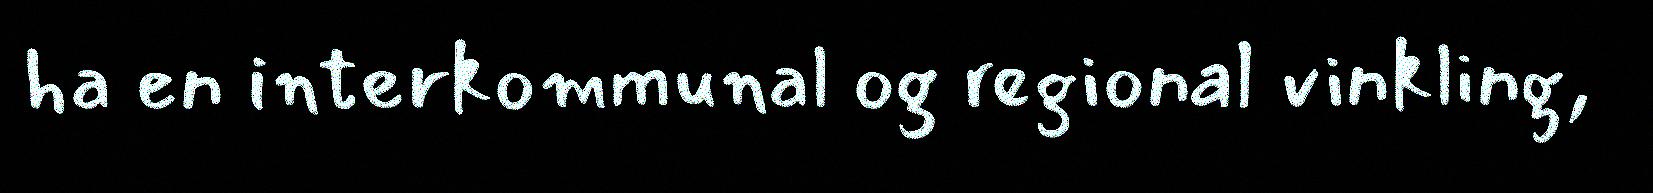
ha en interkommunal og regional vinkling,